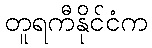
တူရကီနိုင်ငံက